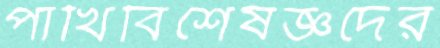
পাখিবিশেষজ্ঞদের